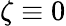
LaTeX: \zeta\equiv 0